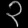
Digit: ၃